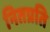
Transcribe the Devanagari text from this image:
नितप्रति